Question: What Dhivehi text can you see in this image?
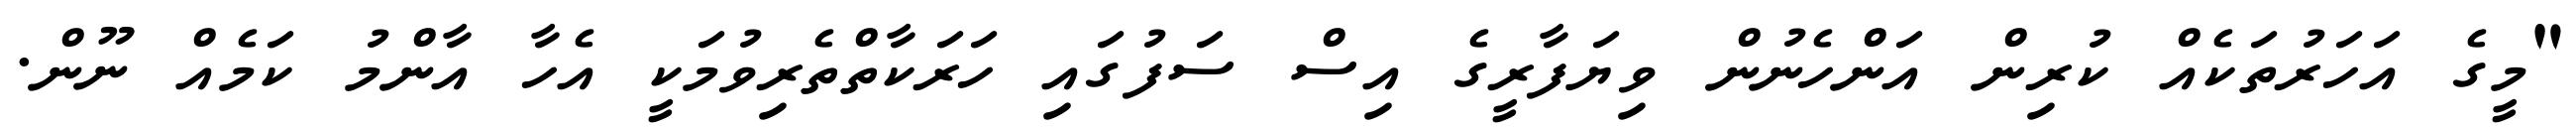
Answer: "މީގެ އަހަރުތަކެއް ކުރިން އަންހެނުން ވިޔަފާރީގެ އިސް ސަފުގައި ހަރަކާތްތެރިވުމަކީ އެހާ އާންމު ކަމެއް ނޫން.